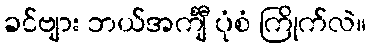
ခင်ဗျား ဘယ်အင်္ကျီ ပုံစံ ကြိုက်လဲ။